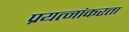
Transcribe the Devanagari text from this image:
प्रयत्नांकरता